Civil Veterinary Department Bihar reports 1940-50 - 1940-1950
Year: 1940
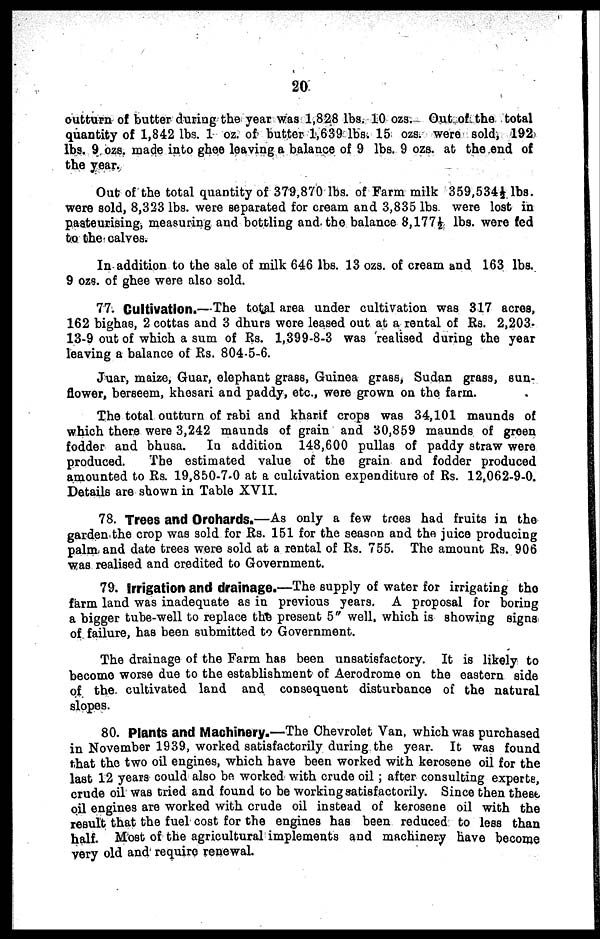
20
outturn of butter during the year was 1,828 lbs. 10 ozs. Out of the total
quantity of 1,842 lbs. 1 oz. of butter 1,639 lbs. 15 ozs. were sold, 192
lbs. 9 ozs. made into ghee leaving a balance of 9 lbs. 9 ozs. at the end of
the year.
Out of the total quantity of 379,870 lbs. of Farm milk 359,534½ lbs.
were sold, 8,323 lbs. were separated for cream and 3,835 lbs were lost in
pasteurising, measuring and bottling and. the balance 8,177½ lbs. were fed
to the calves.
In addition to the sale of milk 646 lbs. 13 ozs. of cream and 163 lbs.
9 ozs. of ghee were also sold.
77. Cultivation.—The total area under cultivation was 317 acres,
162 bighas, 2 cottas and 3 dhurs wore leased out at a rental of Rs. 2,203-
13-9 out of which a sum of Rs. 1,399-8-3 was realised during the year
leaving a balance of Rs. 804-5-6.
Juar, maize, Guar, elephant grass, Guinea grass, Sudan grass, sun-
flower, berseem, khesari and paddy, etc., were grown on the farm.
The total outturn of rabi and kharif crops was 34,101 maunds of
which there were 3,242 maunds of grain and 30,859 maunds of green
fodder and bhusa. In addition 148,600 pullas of paddy straw were
produced.
The estimated value of the grain and fodder produced
amounted to Rs. 19,850-7-0 at a cultivation expenditure of Rs. 12,062-9-0.
Details are shown in Table XVII.
78. Trees and Orchards.—As only a few trees had fruits in the
garden the crop was sold for Rs. 151 for the season and the juice producing
palm and date trees were sold at a rental of Rs. 755. The amount Rs. 906
was realised and credited to Government.
79. Irrigation and drainage.—The supply of water for irrigating the
farm land was inadequate as in previous years, A proposal for boring
a bigger tube-well to replace the present 5" well, which is showing signs
of failure, has been submitted to Government.
The drainage of the Farm has been unsatisfactory. It is likely to
become worse due to the establishment of Aerodrome on the eastern side
of the cultivated land and consequent disturbance of the natural
slopes.
80. Plants and Machinery.—The Chevrolet Van, which was purchased
in November 1939, worked satisfactorily during the year. It was found
that the two oil engines, which have been worked with kerosene oil for the
last 12 years could also be worked with crude oil; after consulting experte,
crude oil was tried and found to be working satisfactorily. Since then these
oil engines are worked with crude oil instead of kerosene oil with the
result that the fuel cost for the engines has been reduced to less than
half. Most of the agricultural implements and machinery have become
very old and require renewal.